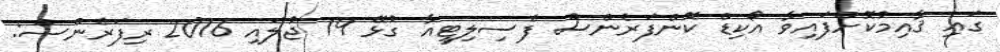
ގައި ޤާއިމުކޮށްފައިވާ އޯކިޑް ކޮންފަރެންސް ފެސިލިޓީއާ ގުޅޭ 19 ޖުލައި 2016 ރިފަރެންސް: